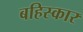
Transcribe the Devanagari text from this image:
बहिस्कार